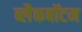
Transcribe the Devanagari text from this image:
ब्लैकबॉटम